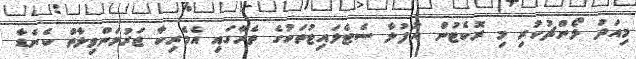
މިއަދު ލޯންޗުކުރި މި ރޮކެޓުން އުފުލާ ސެޓެލައިޓުތަކުގެ ތެރޭގައި އެމެރިކާ ޖަރުމަންވިލާތް ކެނެޑާ